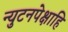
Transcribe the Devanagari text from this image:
न्युटनपेक्षाहि